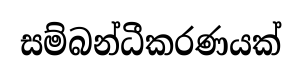
සම්බන්ධීකරණයක්